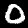
Label: 0